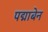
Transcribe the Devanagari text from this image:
पद्माबेन